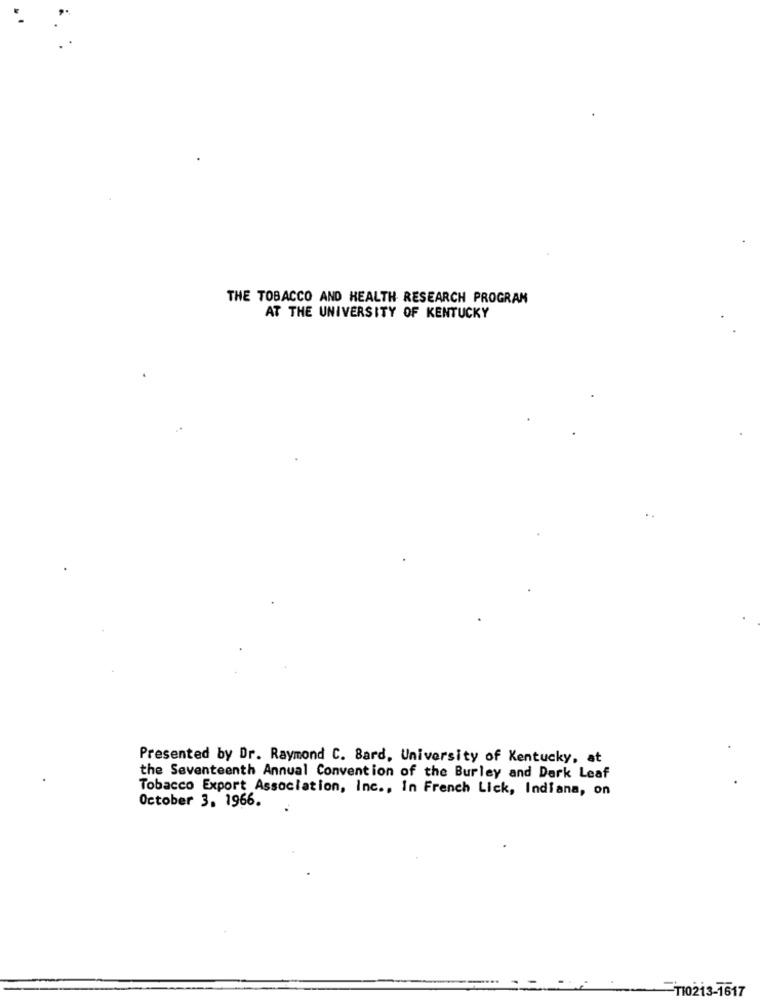
THE TOBACCO AND HEALTH RESEARCH PROGRAM
AT THE UNIVERSITY OF KENTUCKY
Presented by Dr. Raymond C. Bard, University of Kentucky, at
the Seventeenth Annual Convention of the Burley and Dark Leaf
Tobacco Export Association, Inc ., In French Lick, Indiana, on
October 3. 1966.
110213-1617